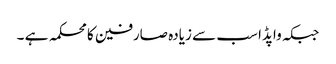
جبکہ واپڈا سب سے زیادہ صارفین کا محکمہ ہے ۔